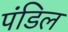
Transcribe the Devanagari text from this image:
पंडिल